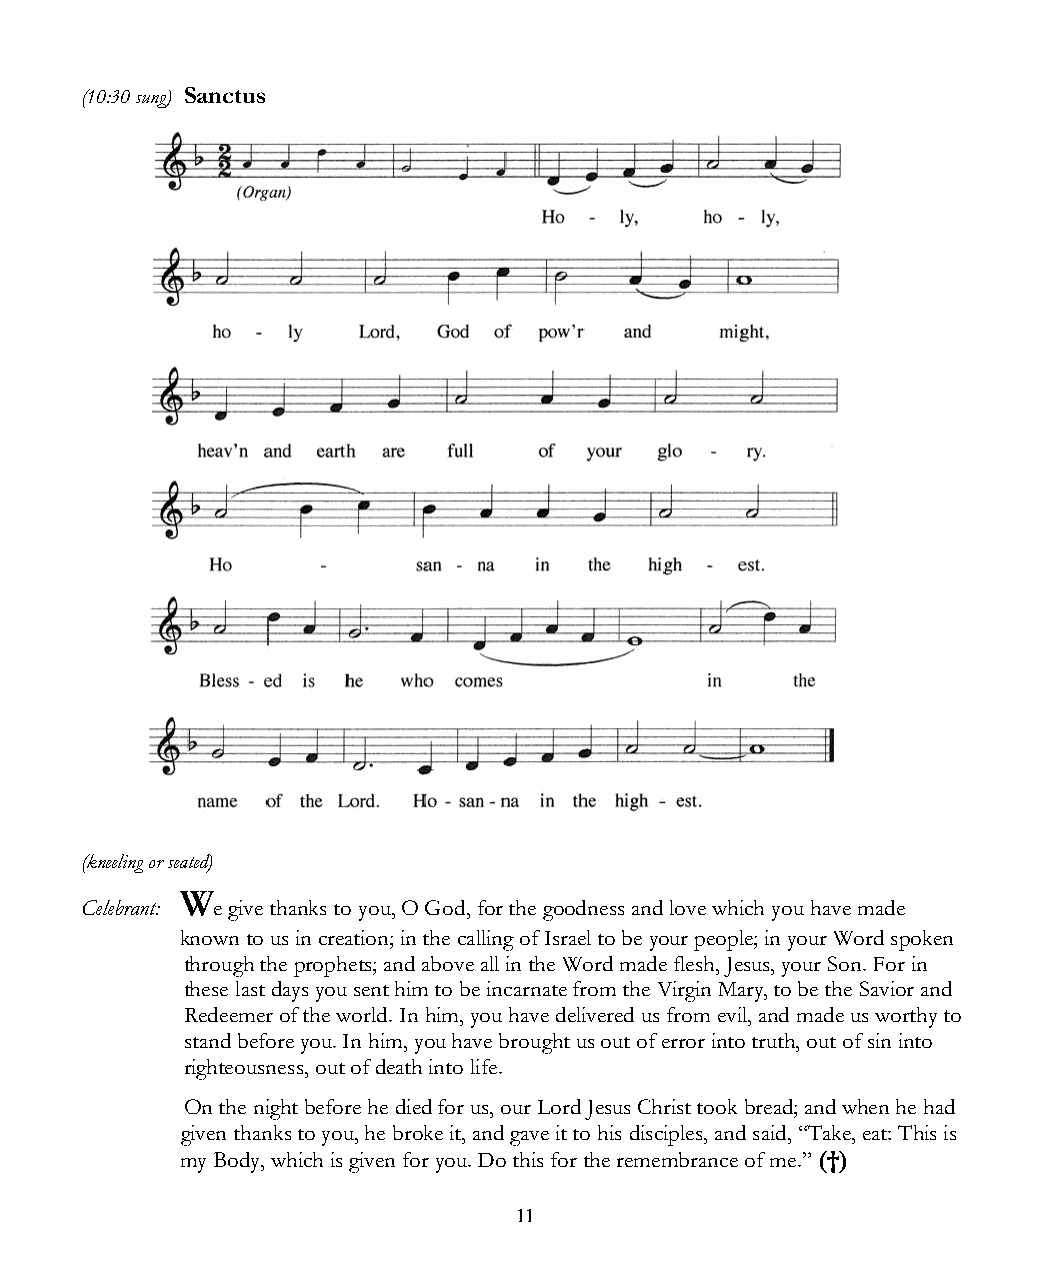
(10:30 sung) Sanctus
 (kneeling or seated)
 W
 Celebrant: e give thanks to you, O God, for the goodness and love which you have made
 known to us in creation; in the calling of Israel to be your people; in your Word spoken
 through the prophets; and above all in the Word made flesh, Jesus, your Son. For in
 these last days you sent him to be incarnate from the Virgin Mary, to be the Savior and
 Redeemer of the world. In him, you have delivered us from evil, and made us worthy to
 stand before you. In him, you have brought us out of error into truth, out of sin into
 righteousness, out of death into life.
 On the night before he died for us, our Lord Jesus Christ took bread; and when he had
 given thanks to you, he broke it, and gave it to his disciples, and said, “Take, eat: This is
 my Body, which is given for you. Do this for the remembrance of me.” (†)
 11